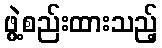
ဖွဲ့စည်းထားသည့်